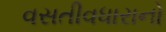
વસતીવધારાનો